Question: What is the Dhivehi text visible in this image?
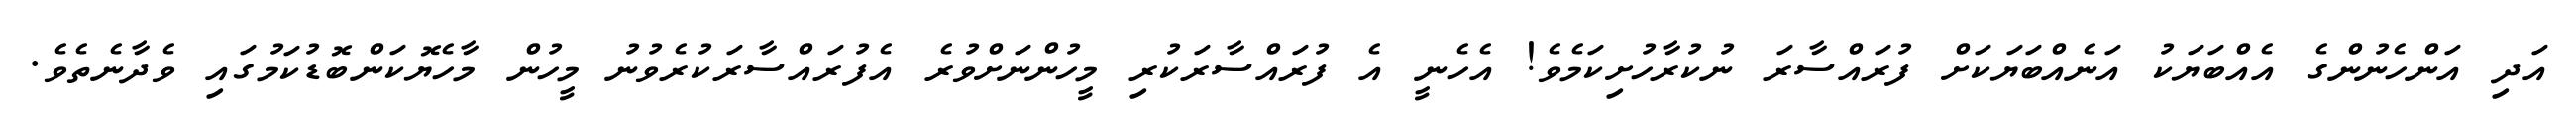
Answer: އަދި އަންހެނުންގެ އެއްބަޔަކު އަނެއްބަޔަކަށް ފުރައްސާރަ ނުކުރާހުށިކަމެވެ! އެހެނީ އެ ފުރައްސާރަކުރި މީހުންނަށްވުރެ އެފުރައްސާރަކުރެވުނު މީހުން މާހެޔޮކަންބޮޑުކަމުގައި ވެދާނެތެވެ.